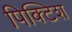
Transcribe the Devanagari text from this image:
पिक्टिश